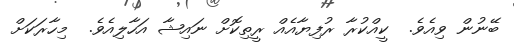
ބޭނުން ވިއެވެ.  ކީއްކުރާ ރުފިޔާއެއް ރީތިކޮށް ނައިޝާ އަހާލިއެވެ.  މިހާރަކަށް